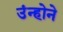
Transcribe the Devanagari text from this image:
उंन्होने